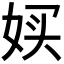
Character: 𫰨